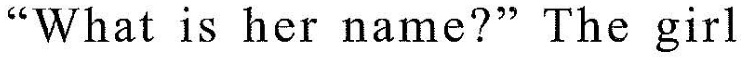
"What is her name?" The girl